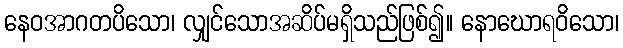
နေဝအာဂတပိသော၊ လျှင်သောအဆိပ်မရှိသည်ဖြစ်၍။ နောဃောရဝိသော၊